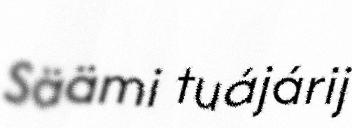
Säämi tuájárij